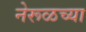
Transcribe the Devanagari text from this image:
नेरूळच्या